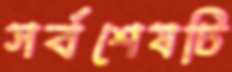
সর্বশেষটি